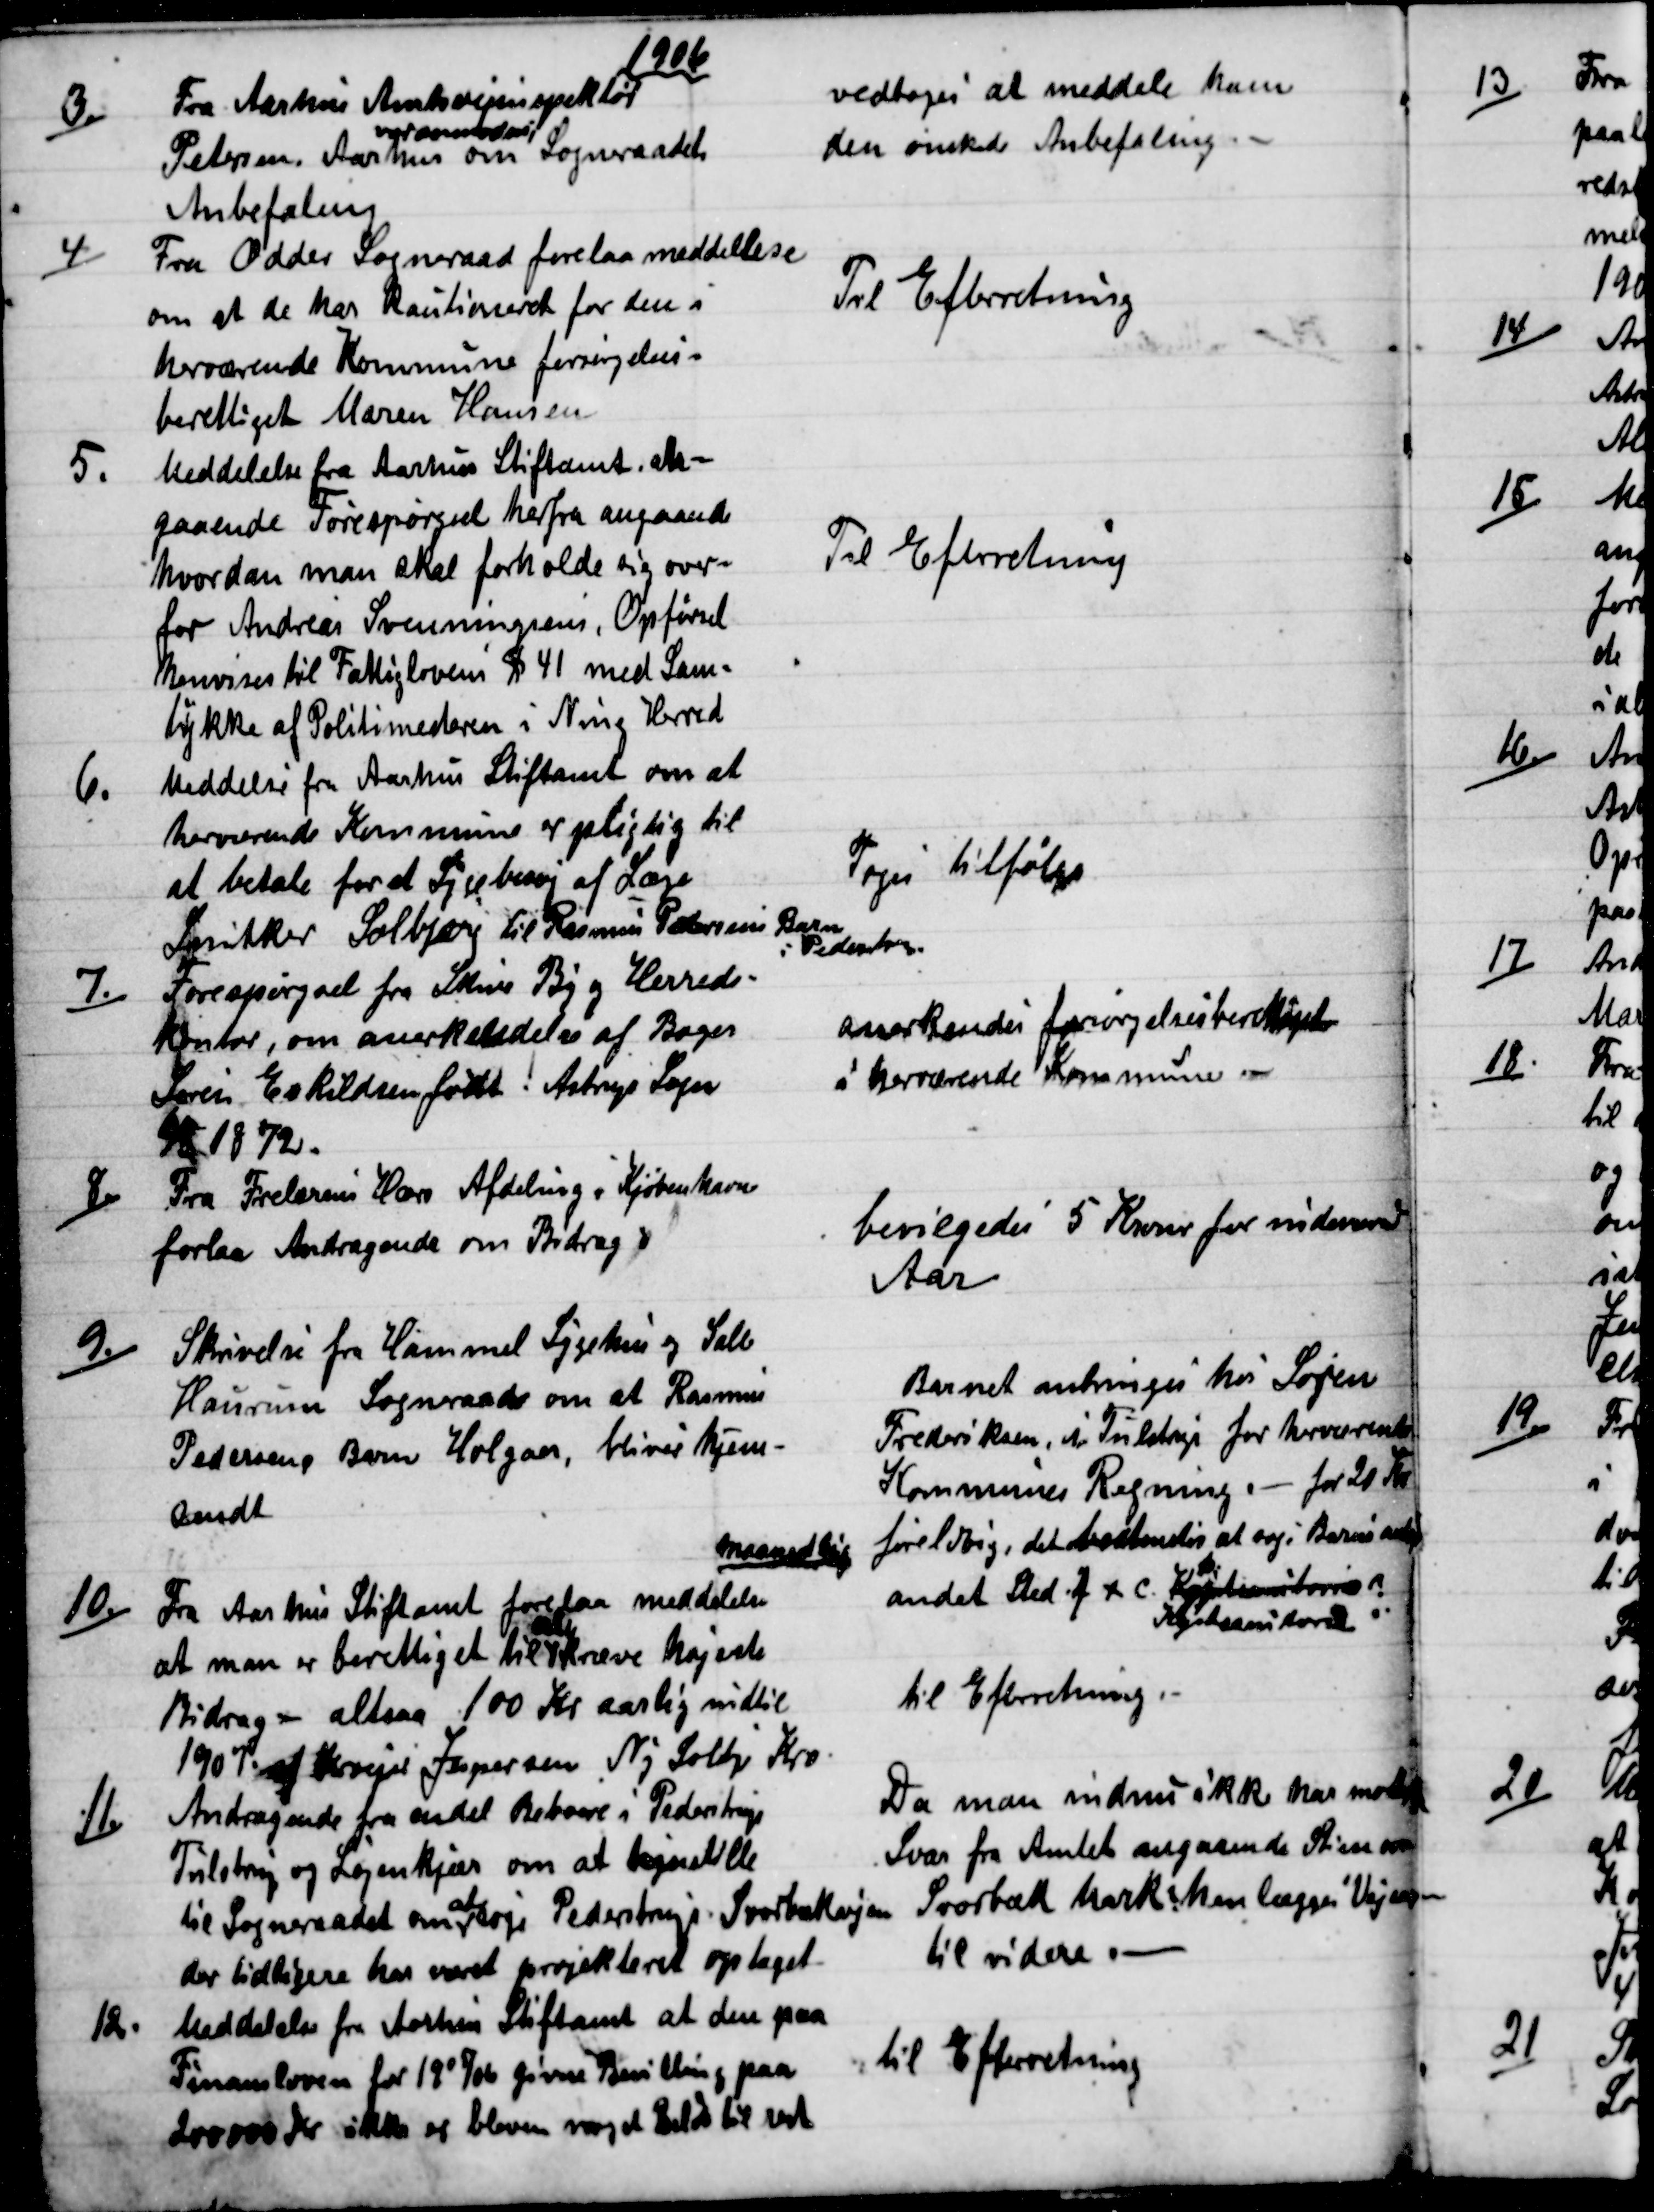
Transskription:
1906
3.)
Fra Aarhus Amtsvejinspektør
Petersen, Aarhus
anmoder
om Sogneraadet
Anbefaling
vedtoges at meddele ham
den ønskede Anbefaling
4)
Fra Odder Sogneraad forelaa meddelelse
om at de har kautioneret for den i
herværende Kommune forsørgelses-
berettiget Maren Hansen.
Til Efterretning
5.
Meddelelse fra Aarhus Stiftamt, an-
gaaende Forespørgsel herfra angaaende
hvordan man skal forholde sig over-
for Andreas Svenningsens, Opførsel.
henvises til Fattiglovens § 41 med Sam=
tykke af Politimesteren i Ning Herred. 
Til Efterretning
6.
Meddelse fra Aarhus Stiftamt om at
herværende Kommune er pligtig til
at betale for et Sygebesøg af Læge
Snitker Solbjerg til Rasmus Pedersens Barn
i Pederstrup
Toges tilfølge
7.)
Forespørgsel fra Skive By og Herreds-
kontor, om anerkendelse af Bager
Søren Eskildsen født i Astrup Sogn
6/5 1872.
anerkendes forsørgelsesberettiget
i herværende Kommune
8.)
Fra Frelsrens Hærs Afdeling i Kjøbenhavn
forlaa Andragende om Bidrag
bevilgedes 5 Kroner for indeværende
Aar
9.)
Skrivelse fra Hammel Sygehus og Sall
Haurum Sogneraad om at Rasmus
Pedersens Barn Holger, bliver hjem-
sendt
Barnet anbringes hos Søren
Frederiksen, i Tulstrup for herværende
Kommunes Regning. - for 20 Kr.
maanedlig
foreløbig, det bestemtes at søge Barnet anbr
andet Sted. f x c Køstsanitoriet
Kystsanitoriet
10.)
Fra Aarhus Stiftamt forelaa meddelelse
at man er berettiget til 
at
kræve højeste
Bidrag - altsaa 100 Kr aarlig indtil
1907 af Kroejer Jespersen, Ny Solbj Kro.
til Efterretning.
11.)
Andragende fra endel Beboere i Pederstrup
Tulstrup og Løjenkjær om at hegstille
til Sogneraadet om 
at
søge Pederstrup - Svorbækvejen 
der tidligere har været projekteret optaget.
Da man indnu ikke har modtaget
Svar fra Amtet angaaende Stien 
Svorbæk Mark henlægges Vej en-
til videre.
12.
Meddelelse fra Aarhus Stiftamt at den paa
Finansloven for 1905/06 givne Bevilling paa
200.000 Kr ikke er bleven noget Beløb til rest.
til Efterretning